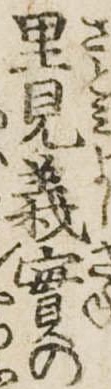
里見義実の